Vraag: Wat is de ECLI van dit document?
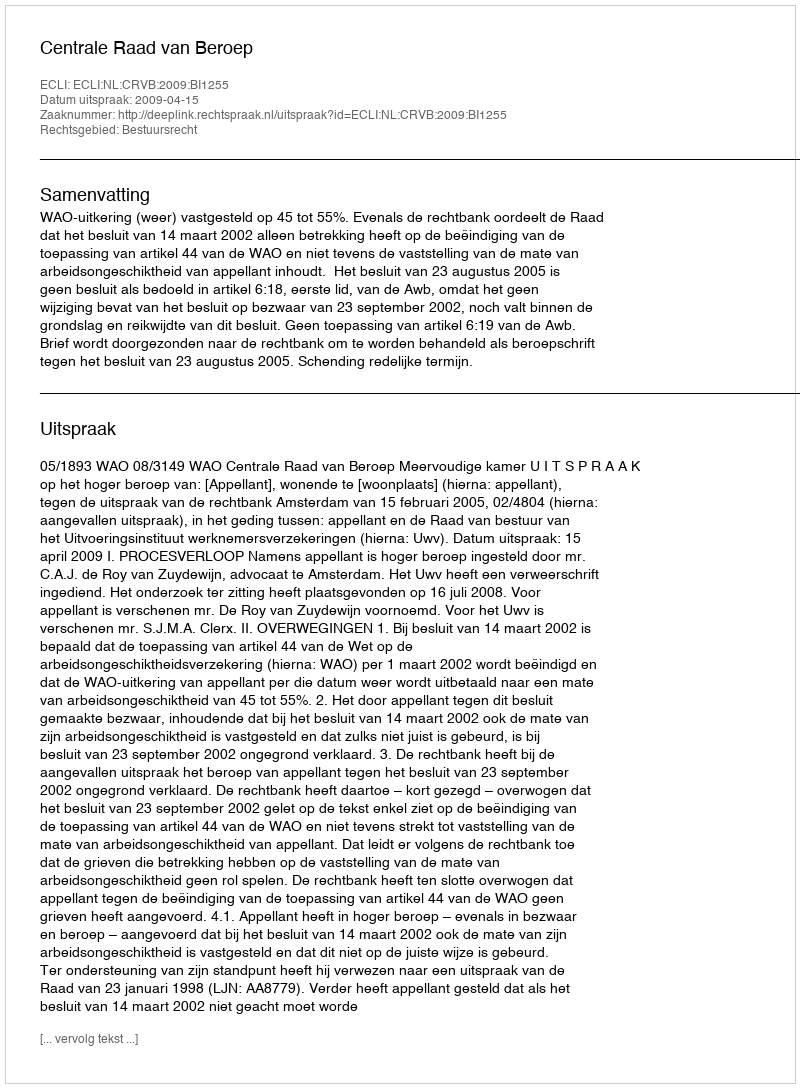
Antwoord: ECLI:NL:CRVB:2009:BI1255